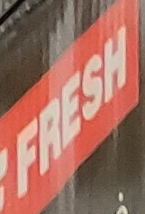
FRESH